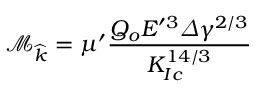
\mathcal { M } _ { \widehat { k } } = \mu ^ { \prime } \frac { Q _ { o } E ^ { \prime 3 } \varDelta \gamma ^ { 2 / 3 } } { K _ { I c } ^ { 1 4 / 3 } }